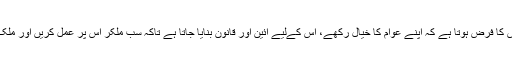
کہا جاتا ہے کہ ریاست ایک ماں کی طرح ہوتی ہے اور اس کا فرض ہوتا ہے کہ اپنے عوام کا خیال رکھے، اس کےلیے آئین اور قانون بنایا جاتا ہے تاکہ سب ملکر اس پر عمل کریں اور ملک کے تمام عوام اپنی اپنی حیثیت میں ملک کی خدمت کریں۔